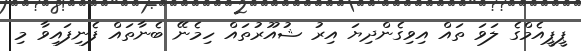
ޕީޕީއެމްގެ ލަވަ ތައް އިވިގެންދިޔަ އިރު ޝުއޫރުތައް ހިމެނޭ ބެނާތައް ފެނިފައިވާ މި